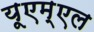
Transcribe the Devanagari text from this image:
यूएम्एल